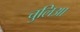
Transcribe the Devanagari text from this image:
चुलिआ